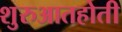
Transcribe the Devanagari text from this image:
शुरुआतहोती